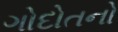
ગોદોતનો